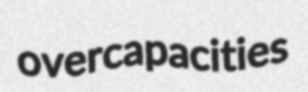
overcapacities